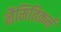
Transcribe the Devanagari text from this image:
नैमितिकर्म